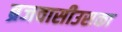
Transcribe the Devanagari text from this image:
ब्रजवासीउसका